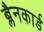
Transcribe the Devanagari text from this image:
ब्लैनकार्ड